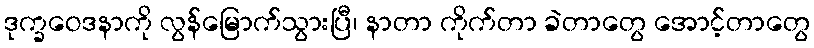
ဒုက္ခဝေဒနာကို လွန်မြောက်သွားပြီ၊ နာတာ ကိုက်တာ ခဲတာတွေ အောင့်တာတွေ